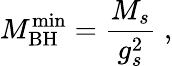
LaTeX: M_{\mathrm{BH}}^{\mathrm{min}}=\frac{M_{s}}{g_{s}^{2}}\; ,